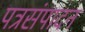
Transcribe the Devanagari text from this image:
पत्रसंपादन